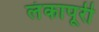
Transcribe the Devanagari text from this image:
लंकापूरी